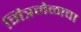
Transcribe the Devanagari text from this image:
मित्रमेळावा